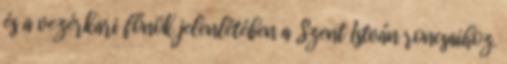
és a vezérkari főnök jelenlétében a Szent István roncsaihoz.